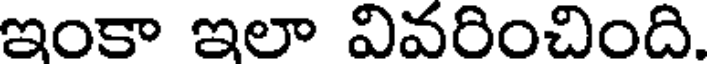
ఇంకా ఇలా వివరించింది.